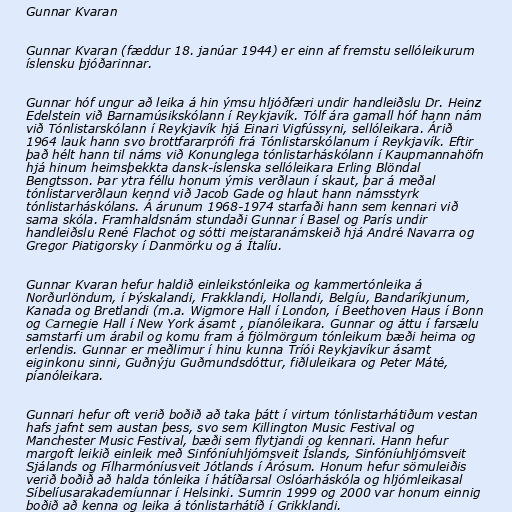
Gunnar Kvaran

Gunnar Kvaran (fæddur 18. janúar 1944) er einn af fremstu sellóleikurum
íslensku þjóðarinnar.

Gunnar hóf ungur að leika á hin ýmsu hljóðfæri undir handleiðslu Dr. Heinz
Edelstein við Barnamúsikskólann í Reykjavík. Tólf ára gamall hóf hann nám
við Tónlistarskólann í Reykjavík hjá Einari Vigfússyni, sellóleikara. Árið
1964 lauk hann svo brottfararprófi frá Tónlistarskólanum í Reykjavík. Eftir
það hélt hann til náms við Konunglega tónlistarháskólann í Kaupmannahöfn
hjá hinum heimsþekkta dansk-íslenska sellóleikara Erling Blöndal
Bengtsson. Þar ytra féllu honum ýmis verðlaun í skaut, þar á meðal
tónlistarverðlaun kennd við Jacob Gade og hlaut hann námsstyrk
tónlistarháskólans. Á árunum 1968-1974 starfaði hann sem kennari við
sama skóla. Framhaldsnám stundaði Gunnar í Basel og París undir
handleiðslu René Flachot og sótti meistaranámskeið hjá André Navarra og
Gregor Piatigorsky í Danmörku og á Ítalíu.

Gunnar Kvaran hefur haldið einleikstónleika og kammertónleika á
Norðurlöndum, í Þýskalandi, Frakklandi, Hollandi, Belgíu, Bandaríkjunum,
Kanada og Bretlandi (m.a. Wigmore Hall í London, í Beethoven Haus í Bonn
og Carnegie Hall í New York ásamt , píanóleikara. Gunnar og áttu í farsælu
samstarfi um árabil og komu fram á fjölmörgum tónleikum bæði heima og
erlendis. Gunnar er meðlimur í hinu kunna Tríói Reykjavíkur ásamt
eiginkonu sinni, Guðnýju Guðmundsdóttur, fiðluleikara og Peter Máté,
píanóleikara.

Gunnari hefur oft verið boðið að taka þátt í virtum tónlistarhátiðum vestan
hafs jafnt sem austan þess, svo sem Killington Music Festival og
Manchester Music Festival, bæði sem flytjandi og kennari. Hann hefur
margoft leikið einleik með Sinfóníuhljómsveit Íslands, Sinfóníuhljómsveit
Sjálands og Fílharmóníusveit Jótlands í Árósum. Honum hefur sömuleiðis
verið boðið að halda tónleika í hátíðarsal Oslóarháskóla og hljómleikasal
Síbelíusarakademíunnar í Helsinki. Sumrin 1999 og 2000 var honum einnig
boðið að kenna og leika á tónlistarhátíð í Grikklandi.